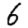
Digit: 6